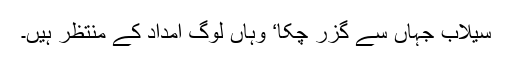
سیلاب جہاں سے گزر چکا‘ وہاں لوگ امداد کے منتظر ہیں۔